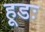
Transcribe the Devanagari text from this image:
हूडः